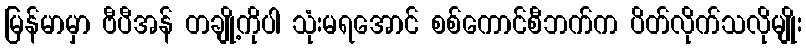
မြန်မာမှာ ဗီပီအန် တချို့ကိုပါ သုံးမရအောင် စစ်ကောင်စီဘက်က ပိတ်လိုက်သလိုမျိုး